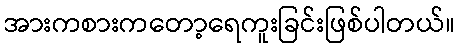
အားကစားကတော့ရေကူးခြင်းဖြစ်ပါတယ်။